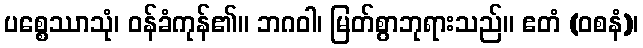
ပစ္စေဿာသုံ၊ ဝန်ခံကုန်၏။ ဘဂဝါ၊ မြတ်စွာဘုရားသည်။ ဧတံ (ဝစနံ)၊